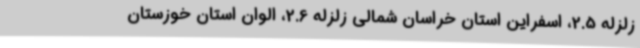
زلزله 2.5، اسفراین استان خراسان شمالی زلزله 2.6، الوان استان خوزستان